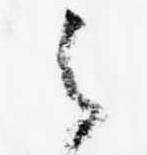
之